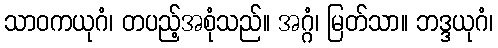
သာဝကယုဂံ၊ တပည့်အစုံသည်။ အဂ္ဂံ၊ မြတ်သာ။ ဘဒ္ဒယုဂံ၊